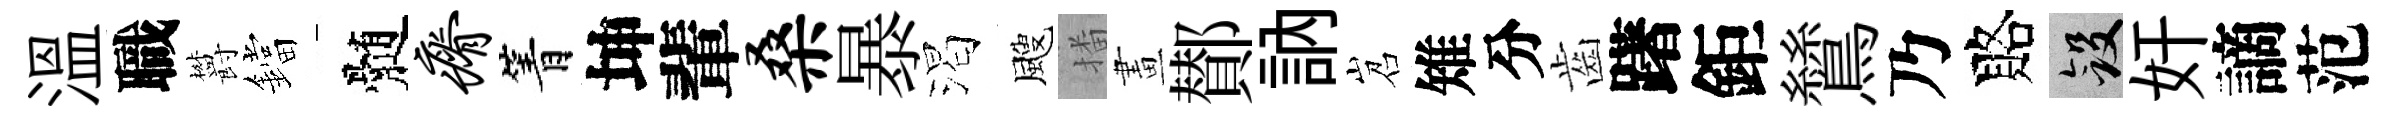
溫職欝鐺髄瘠箐坤輩桑暴渴颼播畫鄼訥岧雉分齒躇鉅鷥乃賂斂奸謫范